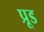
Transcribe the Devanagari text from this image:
प्रूड